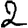
Digit: 2